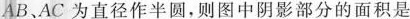
AB、AC为直径作半圆，则图中阴影部分的面积是